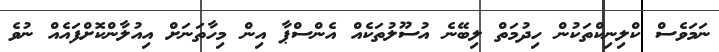
ނަމަވެސް ކްލިނިކްތަކުން ހިދުމަތް ލިބޭނެ އުސޫލުތަކެއް އެންސްޕާ އިން މިހާތަނަށް އިއުލާންކޮށްފައެއް ނުވެ